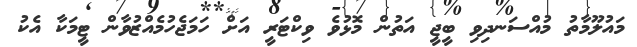
މައުލޫމާތު މުއްސަނދިވި ބީޖީ އަތުން މޮޅުވެ ވިކްޓަރީ އަށް ހަމަޖެހުމެއްޒުވާން ޓީމަކާ އެކު